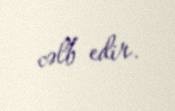
cəlb edir.